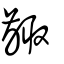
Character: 齱